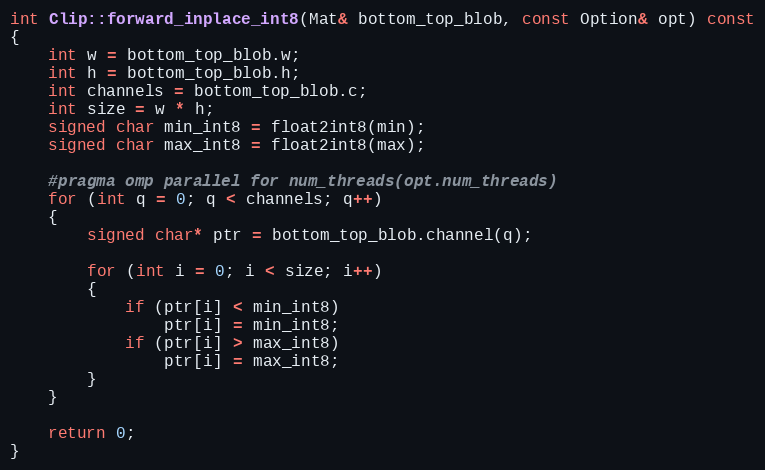
Language: C++
int Clip::forward_inplace_int8(Mat& bottom_top_blob, const Option& opt) const
{
    int w = bottom_top_blob.w;
    int h = bottom_top_blob.h;
    int channels = bottom_top_blob.c;
    int size = w * h;
    signed char min_int8 = float2int8(min);
    signed char max_int8 = float2int8(max);

    #pragma omp parallel for num_threads(opt.num_threads)
    for (int q = 0; q < channels; q++)
    {
        signed char* ptr = bottom_top_blob.channel(q);

        for (int i = 0; i < size; i++)
        {
            if (ptr[i] < min_int8)
                ptr[i] = min_int8;
            if (ptr[i] > max_int8)
                ptr[i] = max_int8;
        }
    }

    return 0;
}